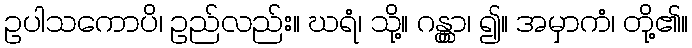
ဥပါသကောပိ၊ ဥည်လည်း။ ဃရံ၊ သို့။ ဂန္တွာ၊ ၍။ အမှာကံ၊ တို့၏။